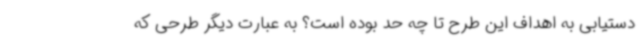
دستیابی به اهداف این طرح تا چه حد بوده است؟ به عبارت دیگر طرحی که